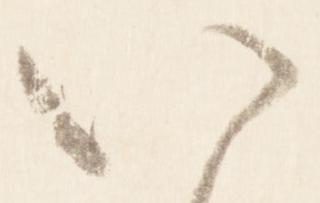
八